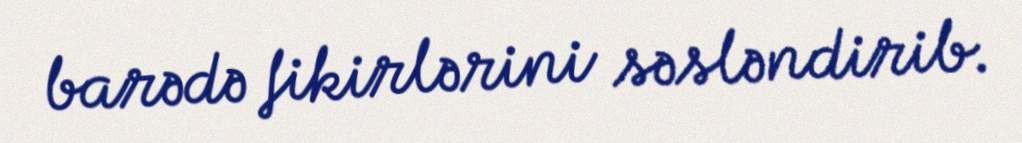
barədə fikirlərini səsləndirib.